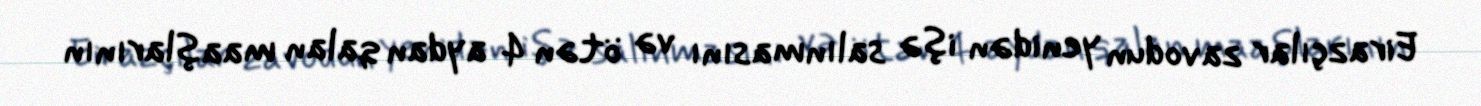
Eirazçılar zavodun yenidən işə salınmasını və ötən 4 aydan qalan maaşlarının